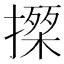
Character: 𢵍